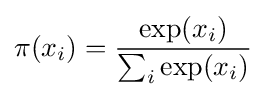
\pi (x_{i})={\frac {\exp(x_{i})}{\sum _{i}\exp(x_{i})}}